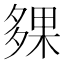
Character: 㚌